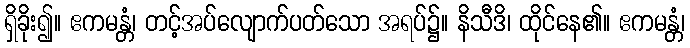
ရှိခိုး၍။ ဧကမန္တံ၊ တင့်အပ်လျောက်ပတ်သော အရပ်၌။ နိသီဒိ၊ ထိုင်နေ၏။ ဧကမန္တံ၊